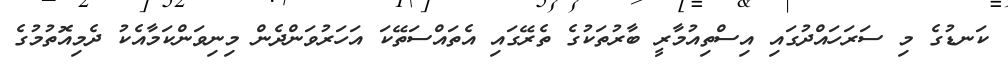
ކަނޑުގެ މި ސަރަހައްދުގައި އިސްތިއުމާރީ ބާރުތަކުގެ ތެރޭގައި އެތައްސަތޭކަ އަހަރުވަންދެން މިނިވަންކަމާއެކު ދެމިއޮތުމުގެ